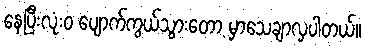
နေပြီးလုံးဝ ပျောက်ကွယ်သွားတော့ မှာသေချာလှပါတယ်။